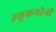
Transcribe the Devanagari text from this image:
उलूकयोनी